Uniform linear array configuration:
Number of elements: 32
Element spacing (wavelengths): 0.5
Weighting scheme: kaiser
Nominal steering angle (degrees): -15
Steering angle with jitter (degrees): -13.913
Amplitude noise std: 0.05
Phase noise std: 0.05

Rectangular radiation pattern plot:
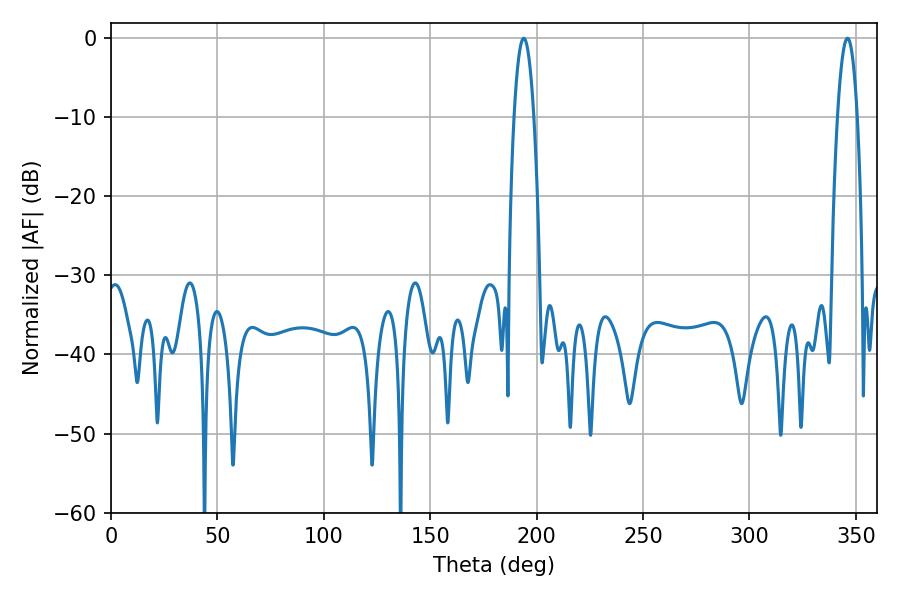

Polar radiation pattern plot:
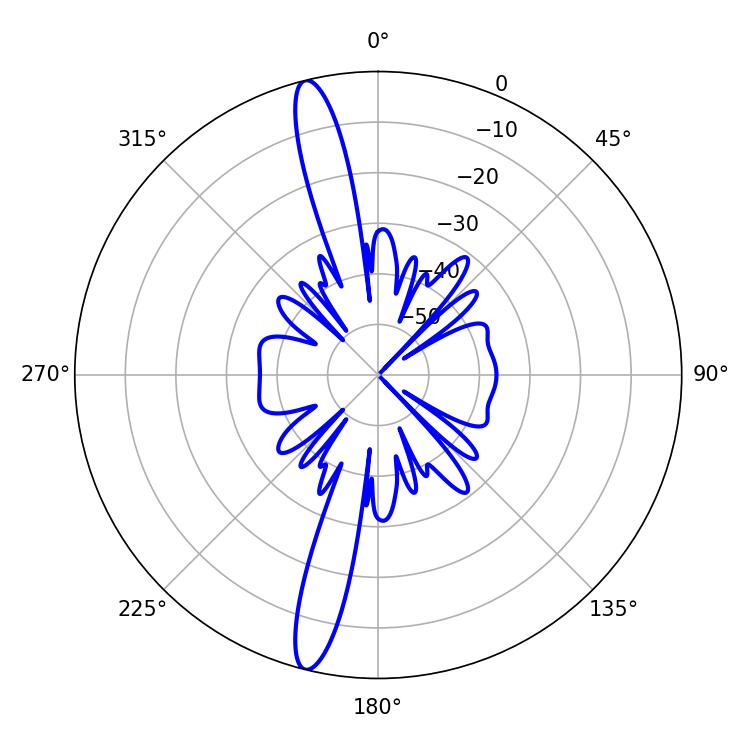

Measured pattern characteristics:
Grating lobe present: FALSE
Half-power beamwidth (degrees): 5.22
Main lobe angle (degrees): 193.86